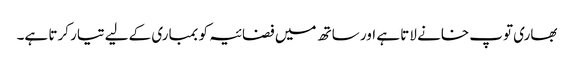
بھاری توپ خانے لاتا ہے اور ساتھ میں فضائیہ کو بمباری کےلیے تیار کرتا ہے۔